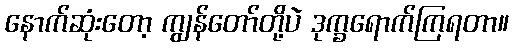
နောက်ဆုံးတော့ ကျွန်တော်တို့ပဲ ဒုက္ခရောက်ကြရတာ။